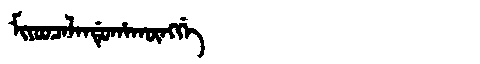
Manchu: ᠮᡳᠶᠣᠣᠴᠠᠯᠠᠨᡩᡠᡥᠠᡴᡡᠩᡤᡝ
Romanization: MIYOOCALANDUHAKŪNGGE